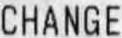
CHANGE